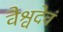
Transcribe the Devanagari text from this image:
वैश्वदेवं